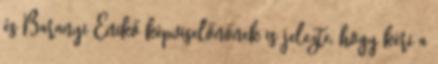
és Baranyi Enikő képviselőnőnek is jelezte, hogy kéri a